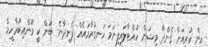
އިން ކުރިއަށް ގެންދާ މިޝަން ހުއްޓާލައިފިނަމަ ހަނގުރާމައެއް ފެށިދާނެ- ބަން ކީ މޫންއިބުރާހީމް